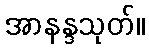
အာနန္ဒသုတ်။